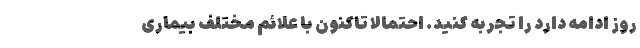
روز ادامه دارد را تجربه کنید. احتمالا تاکنون با علائم مختلف بیماری